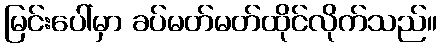
မြင်းပေါ်မှာ ခပ်မတ်မတ်ထိုင်လိုက်သည်။